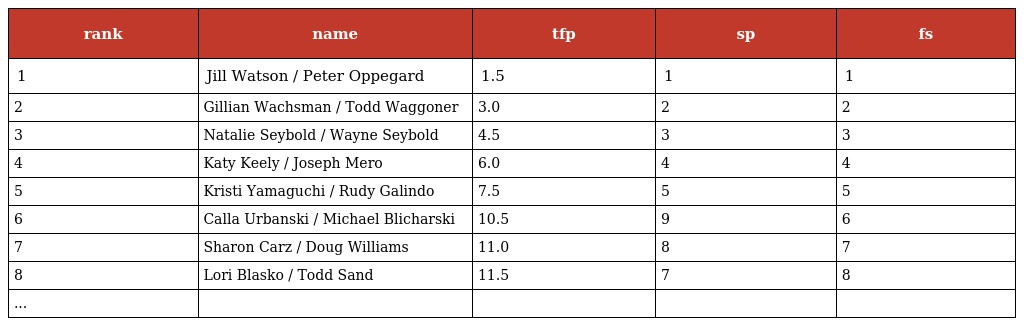
| rank | name | tfp | sp | fs |
 | --- | --- | --- | --- | --- |
 | 1 | Jill Watson / Peter Oppegard | 1.5 | 1 | 1 |
 | 2 | Gillian Wachsman / Todd Waggoner | 3.0 | 2 | 2 |
 | 3 | Natalie Seybold / Wayne Seybold | 4.5 | 3 | 3 |
 | 4 | Katy Keely / Joseph Mero | 6.0 | 4 | 4 |
 | 5 | Kristi Yamaguchi / Rudy Galindo | 7.5 | 5 | 5 |
 | 6 | Calla Urbanski / Michael Blicharski | 10.5 | 9 | 6 |
 | 7 | Sharon Carz / Doug Williams | 11.0 | 8 | 7 |
 | 8 | Lori Blasko / Todd Sand | 11.5 | 7 | 8 |
 | ... |  |  |  |  |